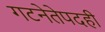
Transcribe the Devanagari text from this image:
गटनेतेपदही